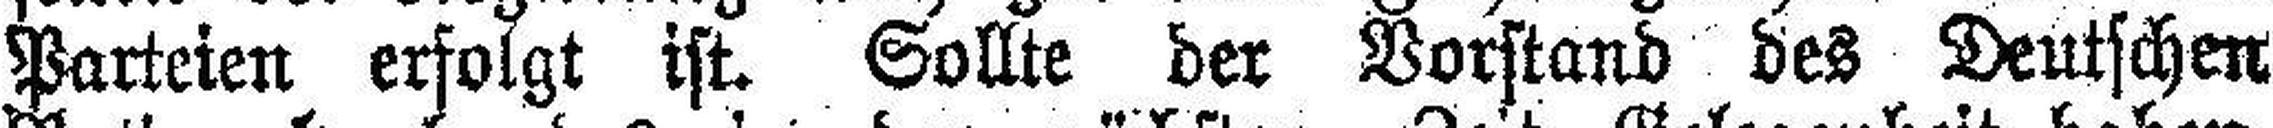
Parteien erfolgt ist. Sollte der Vorstand des Deutschen